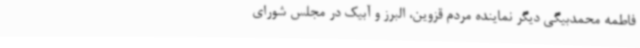
فاطمه محمدبیگی دیگر نماینده مردم قزوین، البرز و آبیک در مجلس شورای